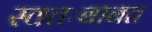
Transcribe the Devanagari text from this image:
स्वतःबाबत